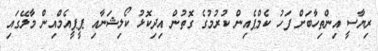
ރިޔާސީ އިންތިހާބަށް ފަހު ކެމްޕެއިން ކުރުމުގެ ގޮތުން އިދިކޮޅު ކޯލިޝަނާއި ޕީޕީއެމްއިން މާލޭގައި